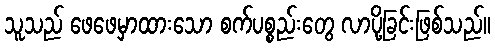
သူသည် ဖေဖေမှာထားသော စက်ပစ္စည်းတွေ လာပို့ခြင်းဖြစ်သည်။